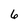
Character: 6